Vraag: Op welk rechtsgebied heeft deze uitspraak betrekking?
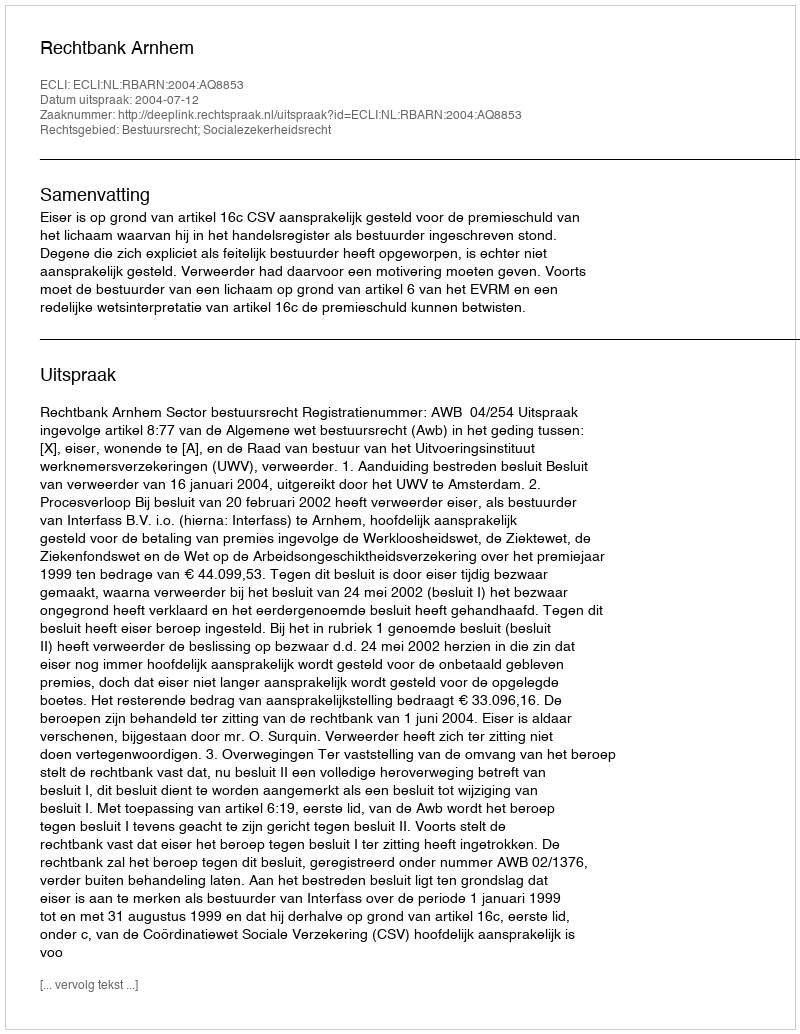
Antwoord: Bestuursrecht; Socialezekerheidsrecht